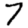
Digit: 7